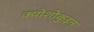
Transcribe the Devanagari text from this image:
क्योशोकुइन्